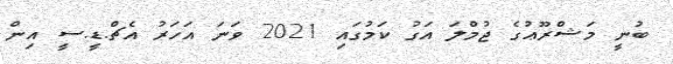
ބުނީ މަޝްރޫޢުގެ ޖުމްލަ އަގު ކަމުގައި 2021 ވަނަ އަހަރު އެޗް.ޑީ.ސީ އިން